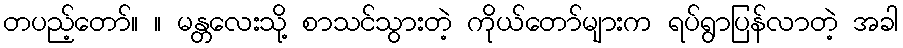
တပည့်တော်။ ။ မန္တလေးသို့ စာသင်သွားတဲ့ ကိုယ်တော်များက ရပ်ရွာပြန်လာတဲ့ အခါ